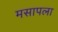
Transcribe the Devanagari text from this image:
मसापला